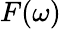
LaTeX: F(\omega)